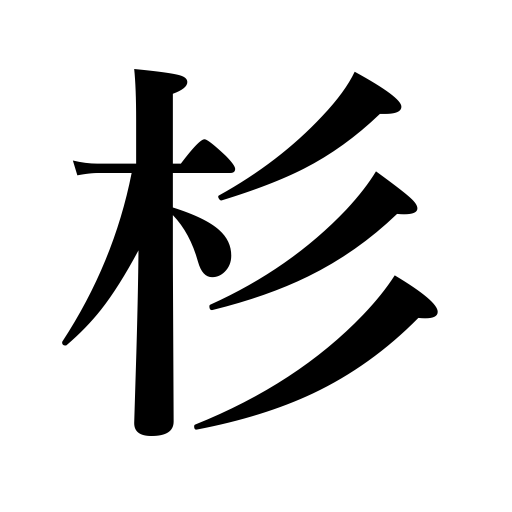
Meanings: sugi,cryptomeria,Japan cedar